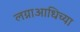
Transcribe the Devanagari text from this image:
लग्नाआधिच्या